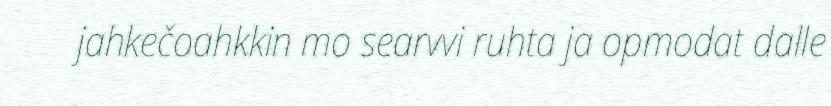
jahkečoahkkin mo searvvi ruhta ja opmodat dalle